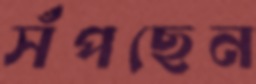
সঁপছেন